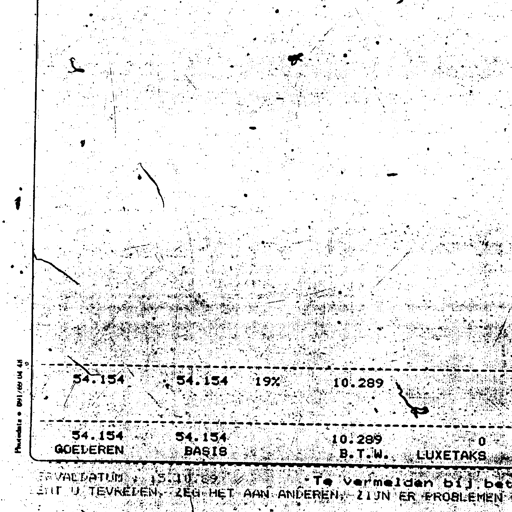
Photodata • 091/669 04 48
54.154 54.154 19% 10.289
54.154 54.154 10.289 0
GOEDEREN BASIS B.T.W. LUXETAKS
VERVALDATUM : 15.10.89 • Te vermelden bij bet
BENT U TEVREDEN, ZEG HET AAN ANDEREN, ZIJN ER PROBLEMEN